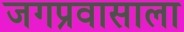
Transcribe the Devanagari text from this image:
जगप्रवासाला